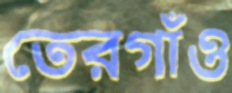
তেরগাঁও